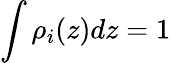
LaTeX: \int{{\rho}_{i}(z)dz}=1